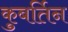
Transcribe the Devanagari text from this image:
कुबर्तिन